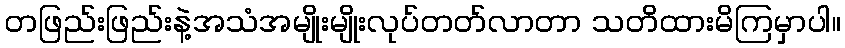
တဖြည်းဖြည်းနဲ့အသံအမျိုးမျိုးလုပ်တတ်လာတာ သတိထားမိကြမှာပါ။